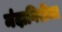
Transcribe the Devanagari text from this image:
मंदागिरीचा